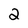
Character: 2